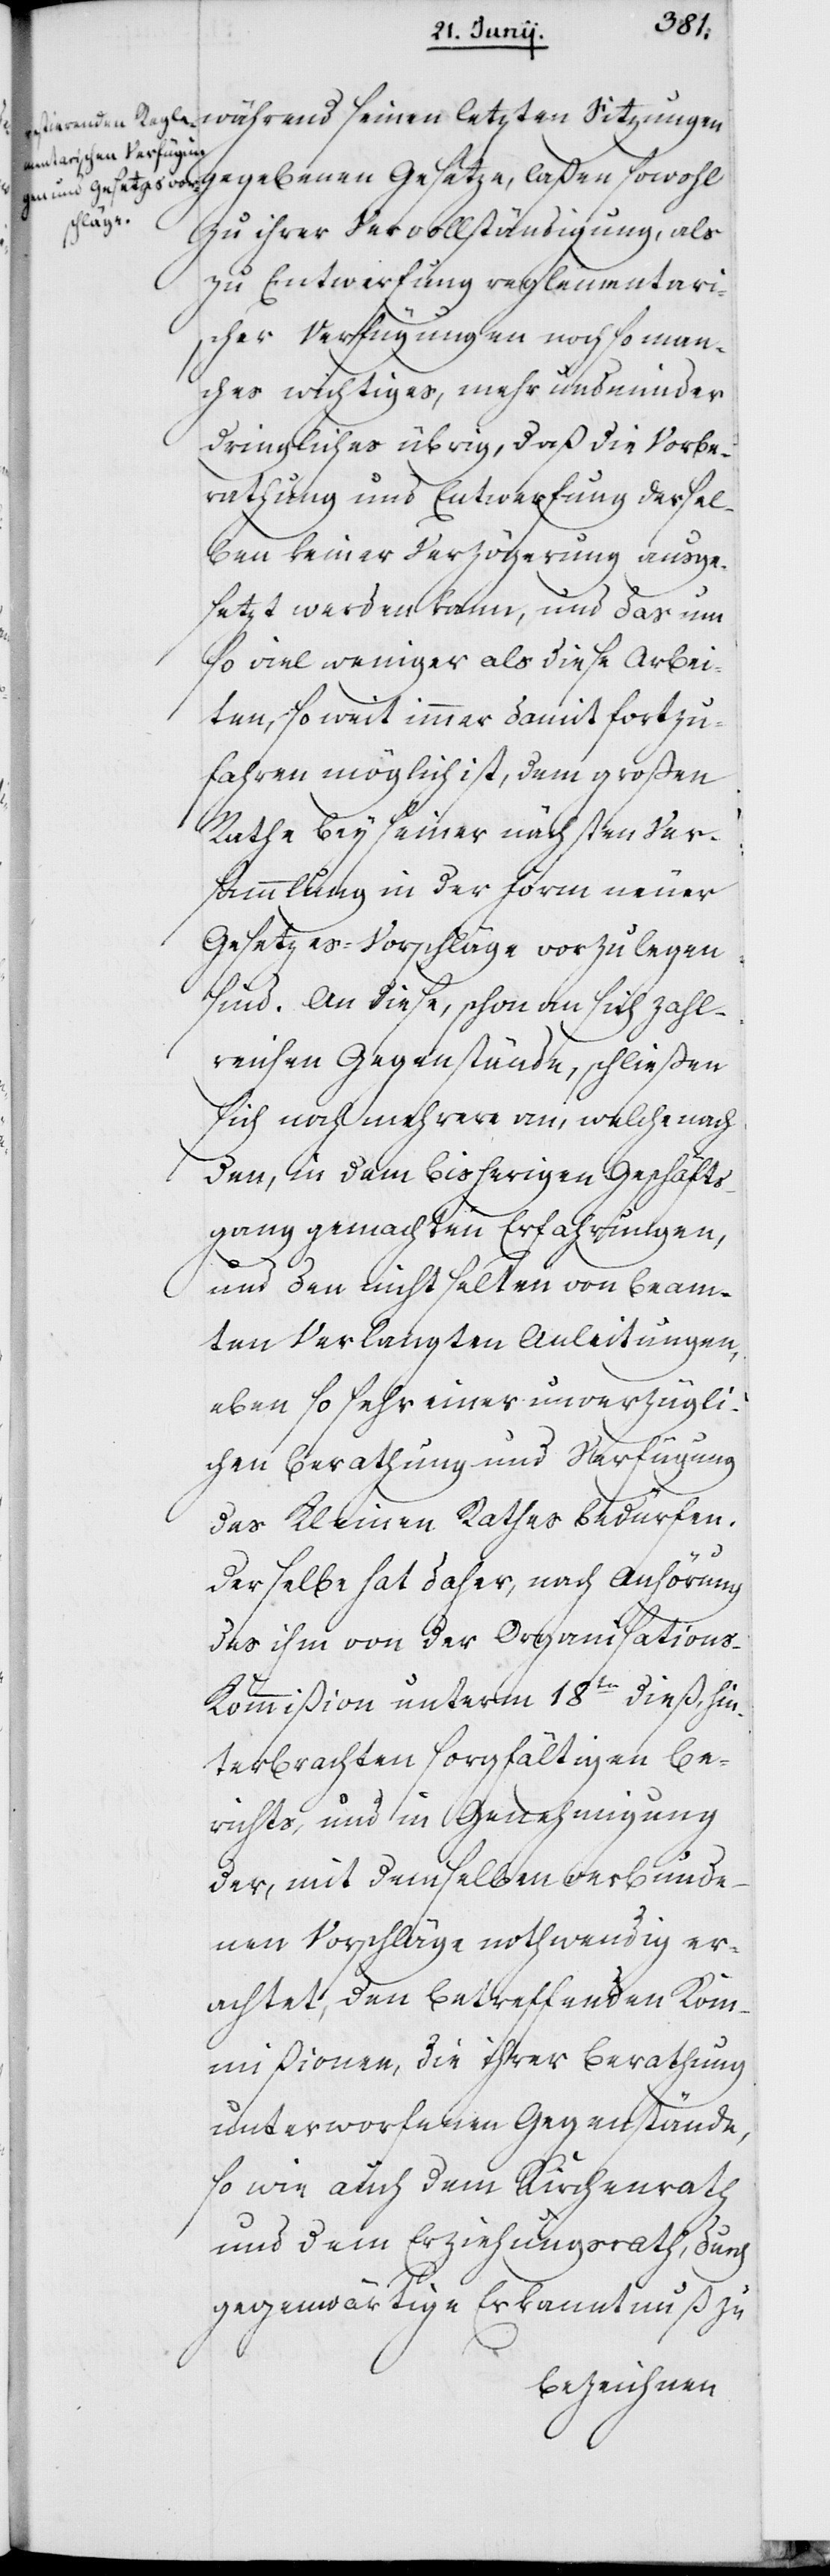
während seiner letzten Sitzungen
gegebenen Gesetze laßen sowohl
zu ihrer Vervollständigung, als
zu Entwerfung reglementaris¬
cher Verfügungen noch so man¬
ches wichtiges, mehr und minder
dringliches übrig, daß die Vorbe¬
rathung und Entwerfung dersel¬
ben keiner Verzögerung ausge¬
setzt werden kann, und das um
so viel weniger als diese Arbei¬
ten, so weit immer damit fortzu¬
fahren möglich ist, dem großen
Rathe bey seiner nächsten Ver¬
sammlung in der Form neuer
Gesetzes-Vorschläge vorzulegen
sind. An diese, schon an sich zahl¬
reiche Gegenstände, schließen
sich noch mehrere an, welche nach
den, in dem bisherigen Geschäfts¬
gang gemachten Erfahrungen,
und den nicht selten von Beam¬
ten verlangten Anleitungen,
eben so sehr einer unverzügli¬
chen Berathung und Verfügung
des Kleinen Rathes bedürfen.
Derselbe hat daher, nach Anhörung
des ihm von der Organisation¬
s-Kommißion unterm 18ten dieß, hin¬
terbrachten sorgfältigen Be¬
richts, und in Genehmigung
der, mit demselben verbunde¬
nen Vorschläge nothwendig er¬
achtet, den betreffenden Kom¬
mißionen, die ihrer Berathung
unterworfenen Gegenstände,
so wie auch dem Kirchenrath
und dem Erziehungsrath, durch
gegenwärtige Erkanntnuß zu